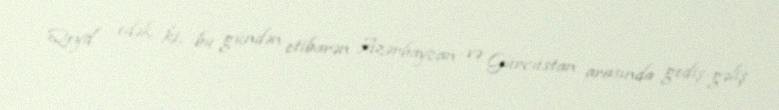
Qeyd edək ki, bu gündən etibarən Azərbaycan və Gürcüstan arasında gediş-gəliş